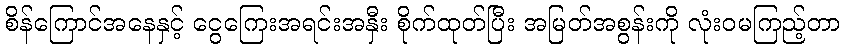
စိန်ကြောင်အနေနှင့် ငွေကြေးအရင်းအနှီး စိုက်ထုတ်ပြီး အမြတ်အစွန်းကို လုံးဝမကြည့်တာ